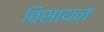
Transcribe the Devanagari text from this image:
विसायन